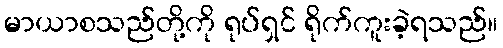
မာယာစသည်တို့ကို ရုပ်ရှင် ရိုက်ကူးခဲ့ရသည်။